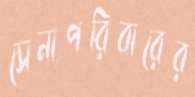
সেনাপরিবারের